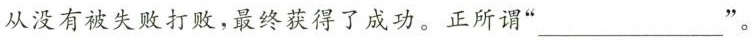
从没有被失败打败，最终获得了成功。正所谓“___”。